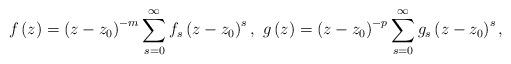
LaTeX: \begin{align*}f\left( z\right) =\left( z-z_{0}\right) ^{-m}\sum\limits_{s=0}^{\infty }{f}_{s}\left( z-z_{0}\right) ^{s},\ g\left( z\right) =\left( z-z_{0}\right)^{-p}\sum\limits_{s=0}^{\infty }{g}_{s}\left( z-z_{0}\right) ^{s},\end{align*}